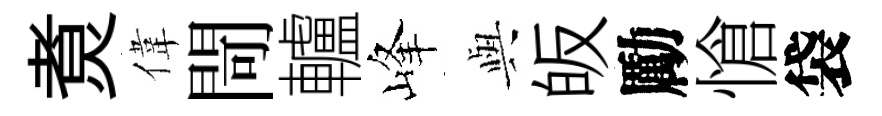
煑偉閜轤峰𫤰皈勵愴袋